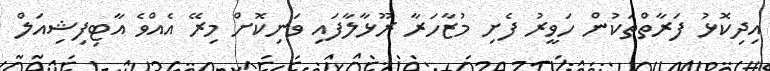
އިދިކޮޅު ފަރާތްތަކުން ހަވީރު ފެށި މުޒާހަރާ ރޫޅާލާފައި ވަނިކޮށް މިރޭ އެއްވެ އާޓިފިޝިއަލް